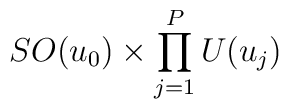
SO(u_0)\times \prod _{j=1}^P U(u_j)